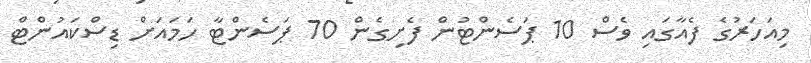
މިއަހަރުގެ ފެއާގައި ވެސް 10 ޕަސެންޓުން ފެށިގެން 70 ޕަސެންޓާ ހަމައަށް ޑިސްކައުންޓް